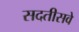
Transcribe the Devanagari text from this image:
सदतीसवे